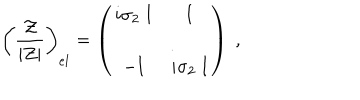
\left( { \frac { \cal Z } { | Z | } } \right) _ { e l } = \left( \begin{matrix} { { i \sigma _ { 2 } \; \mathrm { I } } } & { { \mathrm { I } } } \\ { { - \mathrm { I } } } & { { i \sigma _ { 2 } \; \mathrm { I } } } \\ \end{matrix} \right) \ ,